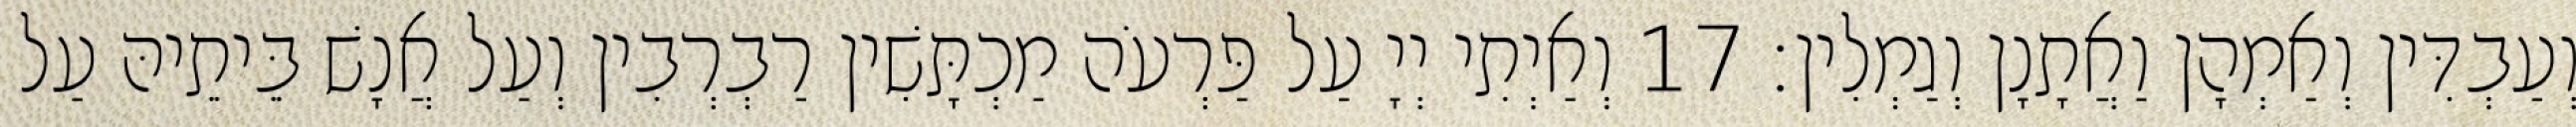
וְעַבְדִּין וְאַמְהָן וַאֲתָנָן וְגַמְלִין׃ 17 וְאַיְתִי יְיָ עַל פַּרְעֹה מַכְתָּשִׁין רַבְרְבִין וְעַל אֲנָשׁ בֵּיתֵיהּ עַל